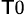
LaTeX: _{\mathsf{T}0}